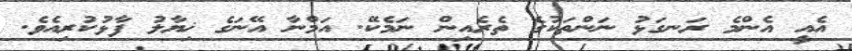
އެއީ އެންމެ ރަނގަޅު ނަންތަކުގެ ތެރެއިން ނަމެކޭ. އަމްނާ އޭނަގެ ޚިޔާލު ފާޅުކުރިއެވެ.